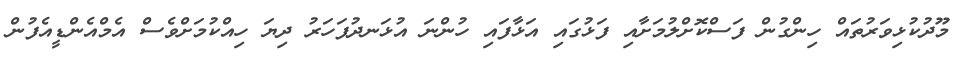
މޫދުކުޅިވަރުތައް ހިންގުން ފަސްކޮށްލުމަށާއި ފަޅުގައި އަޅާފައި ހުންނަ އުޅަނދުފަހަރު ދިޔަ ހިއްކުމަށްވެސް އެމްއެންޑީއެފުން